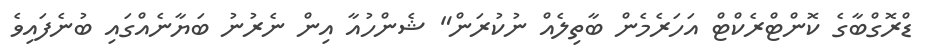
ޑްރޮގްބާގެ ކޮންޓްރެކްޓް އަހަރެމެން ބާތިލެއް ނުކުރަން" ޝެންހުއާ އިން ނެރުނު ބަޔާނެއްގައި ބުނެފައިވެ